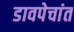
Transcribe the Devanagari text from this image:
डावपेचांत